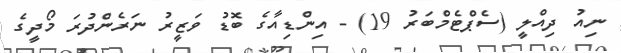
ނިއު ދިއްލީ (ސެޕްޓެމްބަރު 19) - އިންޑިއާގެ ބޮޑު ވަޒީރު ނަރެންދުރަ މޯދީގެ